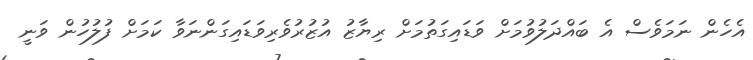
އެހެން ނަމަވެސް އެ ބައްދަލުވުމަށް ވަޑައިގަތުމަށް ރިޔާޒު އުޒުރުވެރިވަޑައިގަންނަވާ ކަމަށް ފުލުހުން ވަނީ